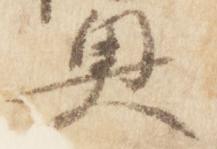
奥